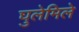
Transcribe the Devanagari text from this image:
घुलेमिले